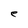
Character: e